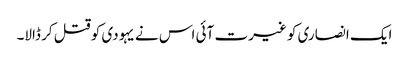
ایک انصاری کو غیرت آئی اس نے یہودی کو قتل کر ڈالا۔